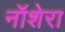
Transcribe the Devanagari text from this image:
नॉशेरा